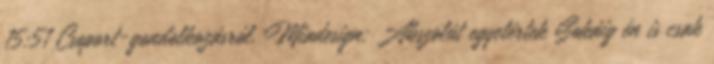
15:51 Csoport-gondolkozásról. Miadesign: Abszolút egyetértek Sokáig én is csak